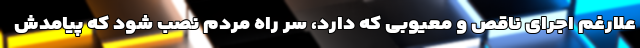
علارغم اجرای ناقص و معیوبی که دارد، سر راه مردم نصب شود که پیامدش